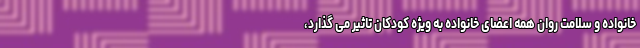
خانواده و سلامت روان همه اعضای خانواده به ویژه کودکان تاثیر می گذارد،